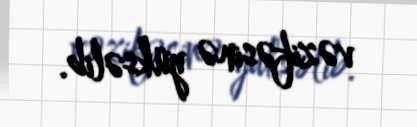
vəzifəsinə yüksəlib.